Civil Veterinary Department. Central Provinces & Berar 1932-41 - 1932-1941
Year: 1932
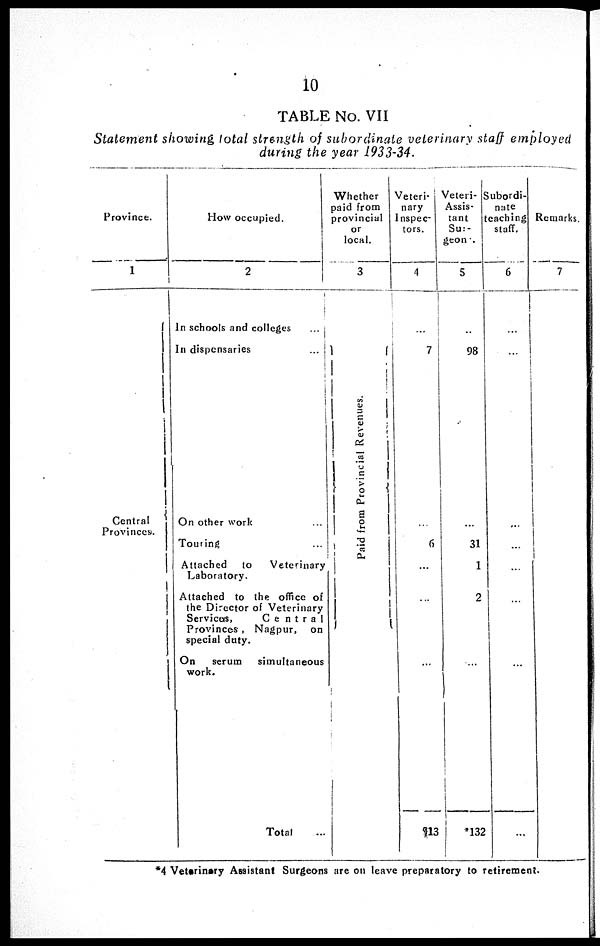
10
TABLE No. VII
Statement showing total strength of subordinate veterinary staff employed
during the year 1933-34.
Province.
1
Central
Provinces.
How occupied.
2
In schools and colleges
...
In dispensaries ...
On other work
...
Touring ...
Attached
to
Veterinary
Laboratory.
Attached to the office of
the Director of Veterinary
Servicers,
Central
Provinces, Nagpur, on
special duty.
On
serum
simultaneous
work.
Total ...
Whether
paid from
provincial
or
local.
3
Paid f r om Pr ovi nc i a l Re ve nue s .
Veteri-
nary
Inspec-
tors.
4
...
7
...
6
...
...
...
13
Veteri-
Assis-
tant
Sur-
geon.
5
...
98
...
31
1
2
...
*132
Subordi-
nate
teaching
staff.
6
...
...
...
...
...
...
...
...
Remarks.
7
*4 Veterinary Assistant Surgeons are on leave preparatory to retirement.